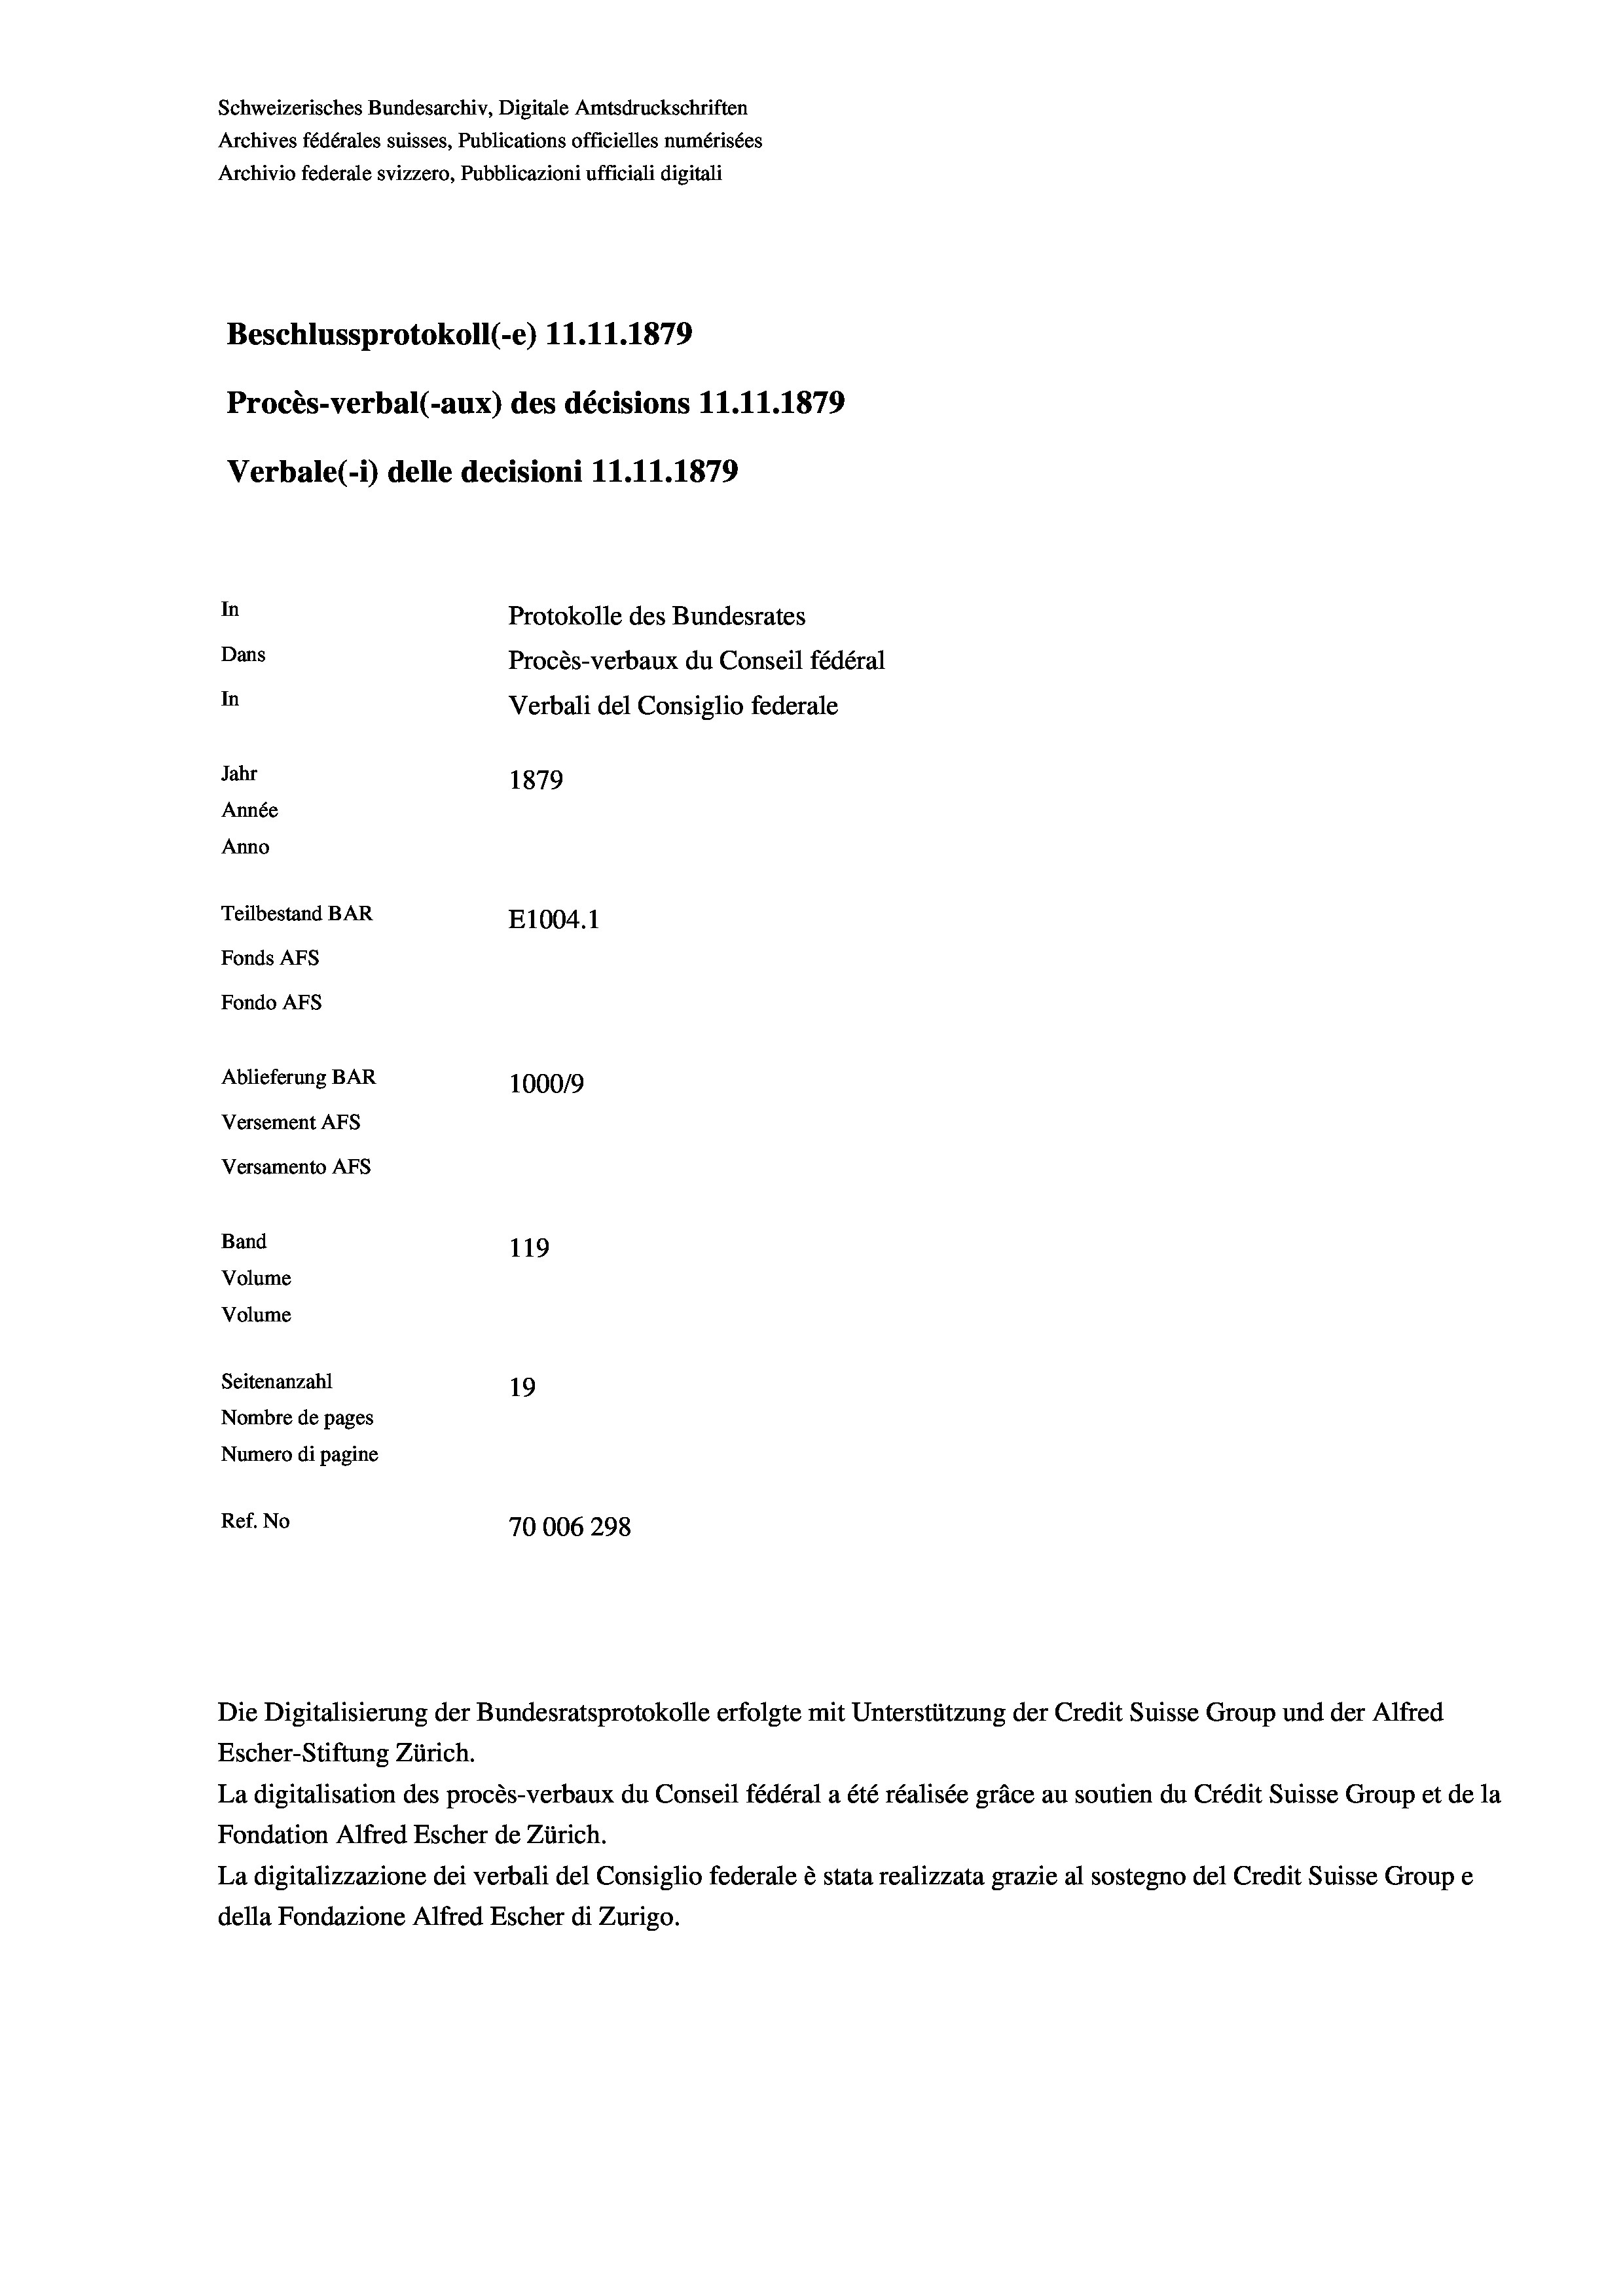
Schweizerisches Bundesarchiv, Digitale Amtsdruckschriften
Archives fédérales suisses, Publications officielles numérisées
Archivio federale svizzero, Pubblicazioni ufficiali digitali
Beschlussprotokoll (-e) 11.11.1879
Procès-verbal (-aux) des décisions 11.11.1879
Verbale (1) delle decisioni 11.11.1879
In
Protokolle des Bundesrates
Dans
Procès-verbaux du Conseil fédéral
In
Verbali del Consiglio federale
Jahr
1879
Année
Anno
Teilbestand BAR
E1004.1
Fonds AFs
Fondo AFs
Ablieferung BAR
1000/9
Versement Abs
Versamento Afs
Band
119
Volume
Volume

Seitenanzahl
19
Nombre de pages
Numero di pagine
Ref. No
70006298

Escher-Stiftung Zürich.
La digitalisation des procès-verbaux du Conseil fédéral a été réalisée gräce au soutien du Crédit Suisse Group et de la
Fondation Alfred Escher de Zürich.
La digitalizzazione dei verbali del Consiglio federale è stata realizzata grazie al sostegno del Credit Suisse Groupe
della Fondazione Alfred Escher di Zurigo.

Die Digitalisierung der Bundesratsprotokolle erfolgte mit Unterstützung der Credit Suisse Group und der Alfred